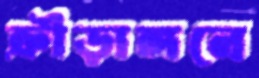
ক্রীড়াঙ্গনে